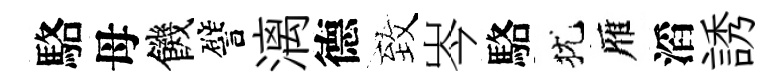
駱母饑譬漓德致岑駱犹雁滔誘